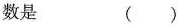
数是 ( )